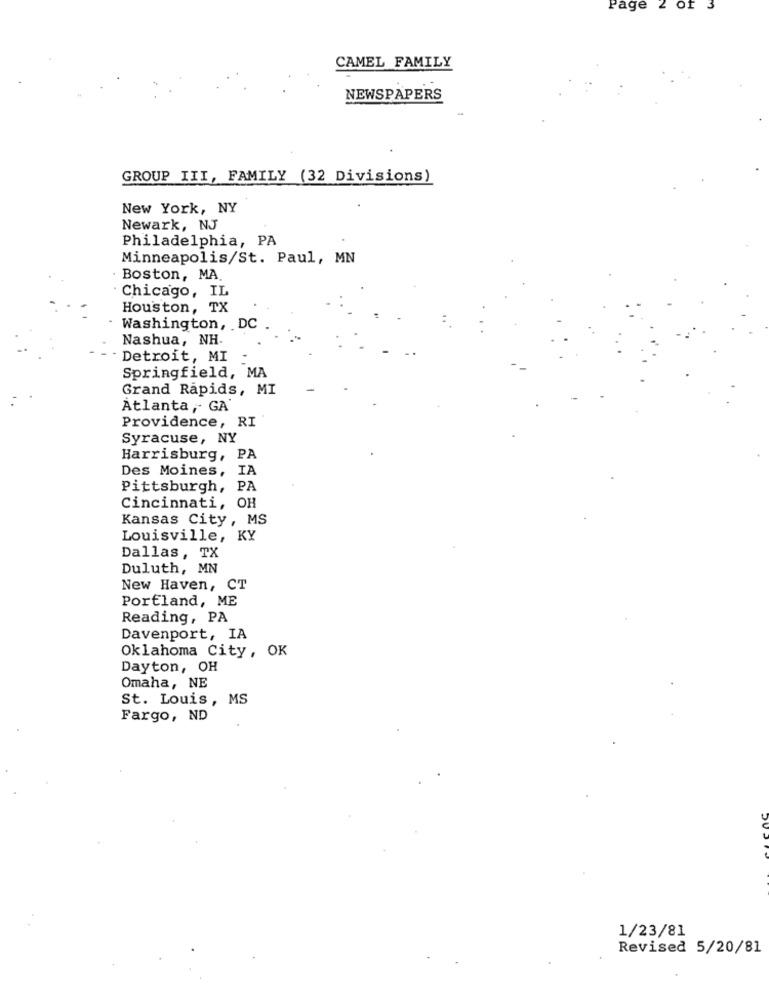
Page
Of 3
CAMEL FAMILY
NEWSPAPERS
GROUP III, FAMILY (32 Divisions)
New York, NY
Newark, NJ
Philadelphia, PA
Minneapolis/St. Paul, MN
Boston, MA
Chicago, IL
Houston, TX
Washington, DC
Nashua, NH-
Detroit, MI .
Springfield, MA
Grand Rapids, MI
Atlanta ,- GA
Providence, RI
Syracuse, NY
Harrisburg, PA
Des Moines, IA
Pittsburgh, PA
Cincinnati, OH
Kansas City, MS
Louisville, KY
Dallas, TX
Duluth, MN
New Haven, CT
Portland, ME
Reading, PA
Davenport, IA
Oklahoma City, OK
Dayton, OH
Omaha, NE
St. Louis , MS
Fargo, ND
1/23/81
Revised 5/20/81